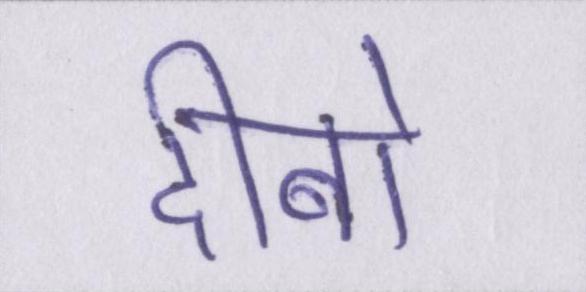
दीबो